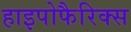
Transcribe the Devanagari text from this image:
हाइपोफैरिक्स